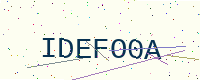
Text: IDEFO0A